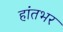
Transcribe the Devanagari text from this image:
हांतभर